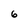
Character: 6